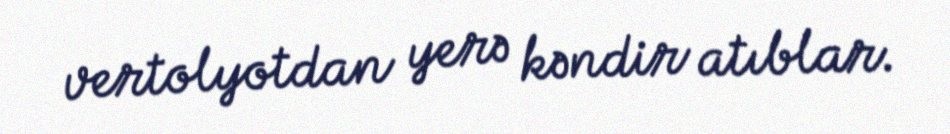
vertolyotdan yerə kəndir atıblar.